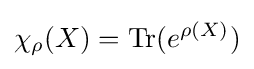
\chi _{\rho }(X)=\operatorname {Tr} (e^{\rho (X)})